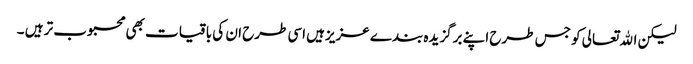
لیکن اﷲتعالی کو جس طرح اپنے برگزیدہ بندے عزیزہیں اسی طرح ان کی باقیات بھی محبوب تر ہیں ۔